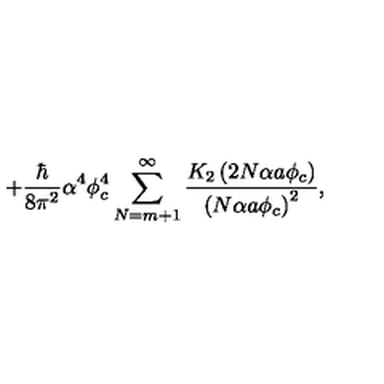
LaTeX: + \frac { \hbar } { 8 \pi ^ { 2 } } \alpha ^ { 4 } \phi _ { c } ^ { 4 } \sum _ { N = m + 1 } ^ { \infty } \frac { K _ { 2 } \left( 2 N \alpha a \phi _ { c } \right) } { \left( N \alpha a \phi _ { c } \right) ^ { 2 } } ,